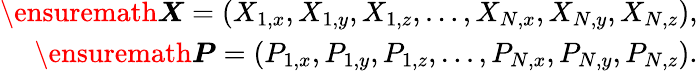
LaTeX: \begin{array}{r}{\ensuremath{\boldsymbol{X}}=\left(X_{1,x},X_{1,y},X_{1,z},\ldots,X_{N,x},X_{N,y},X_{N,z}\right),}\\ {\ensuremath{\boldsymbol{P}}=\left(P_{1,x},P_{1,y},P_{1,z},\ldots,P_{N,x},P_{N,y},P_{N,z}\right).}\end{array}